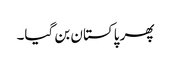
پھر پاکستان بن گیا۔